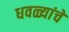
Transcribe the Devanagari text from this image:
धवळ्यांचे